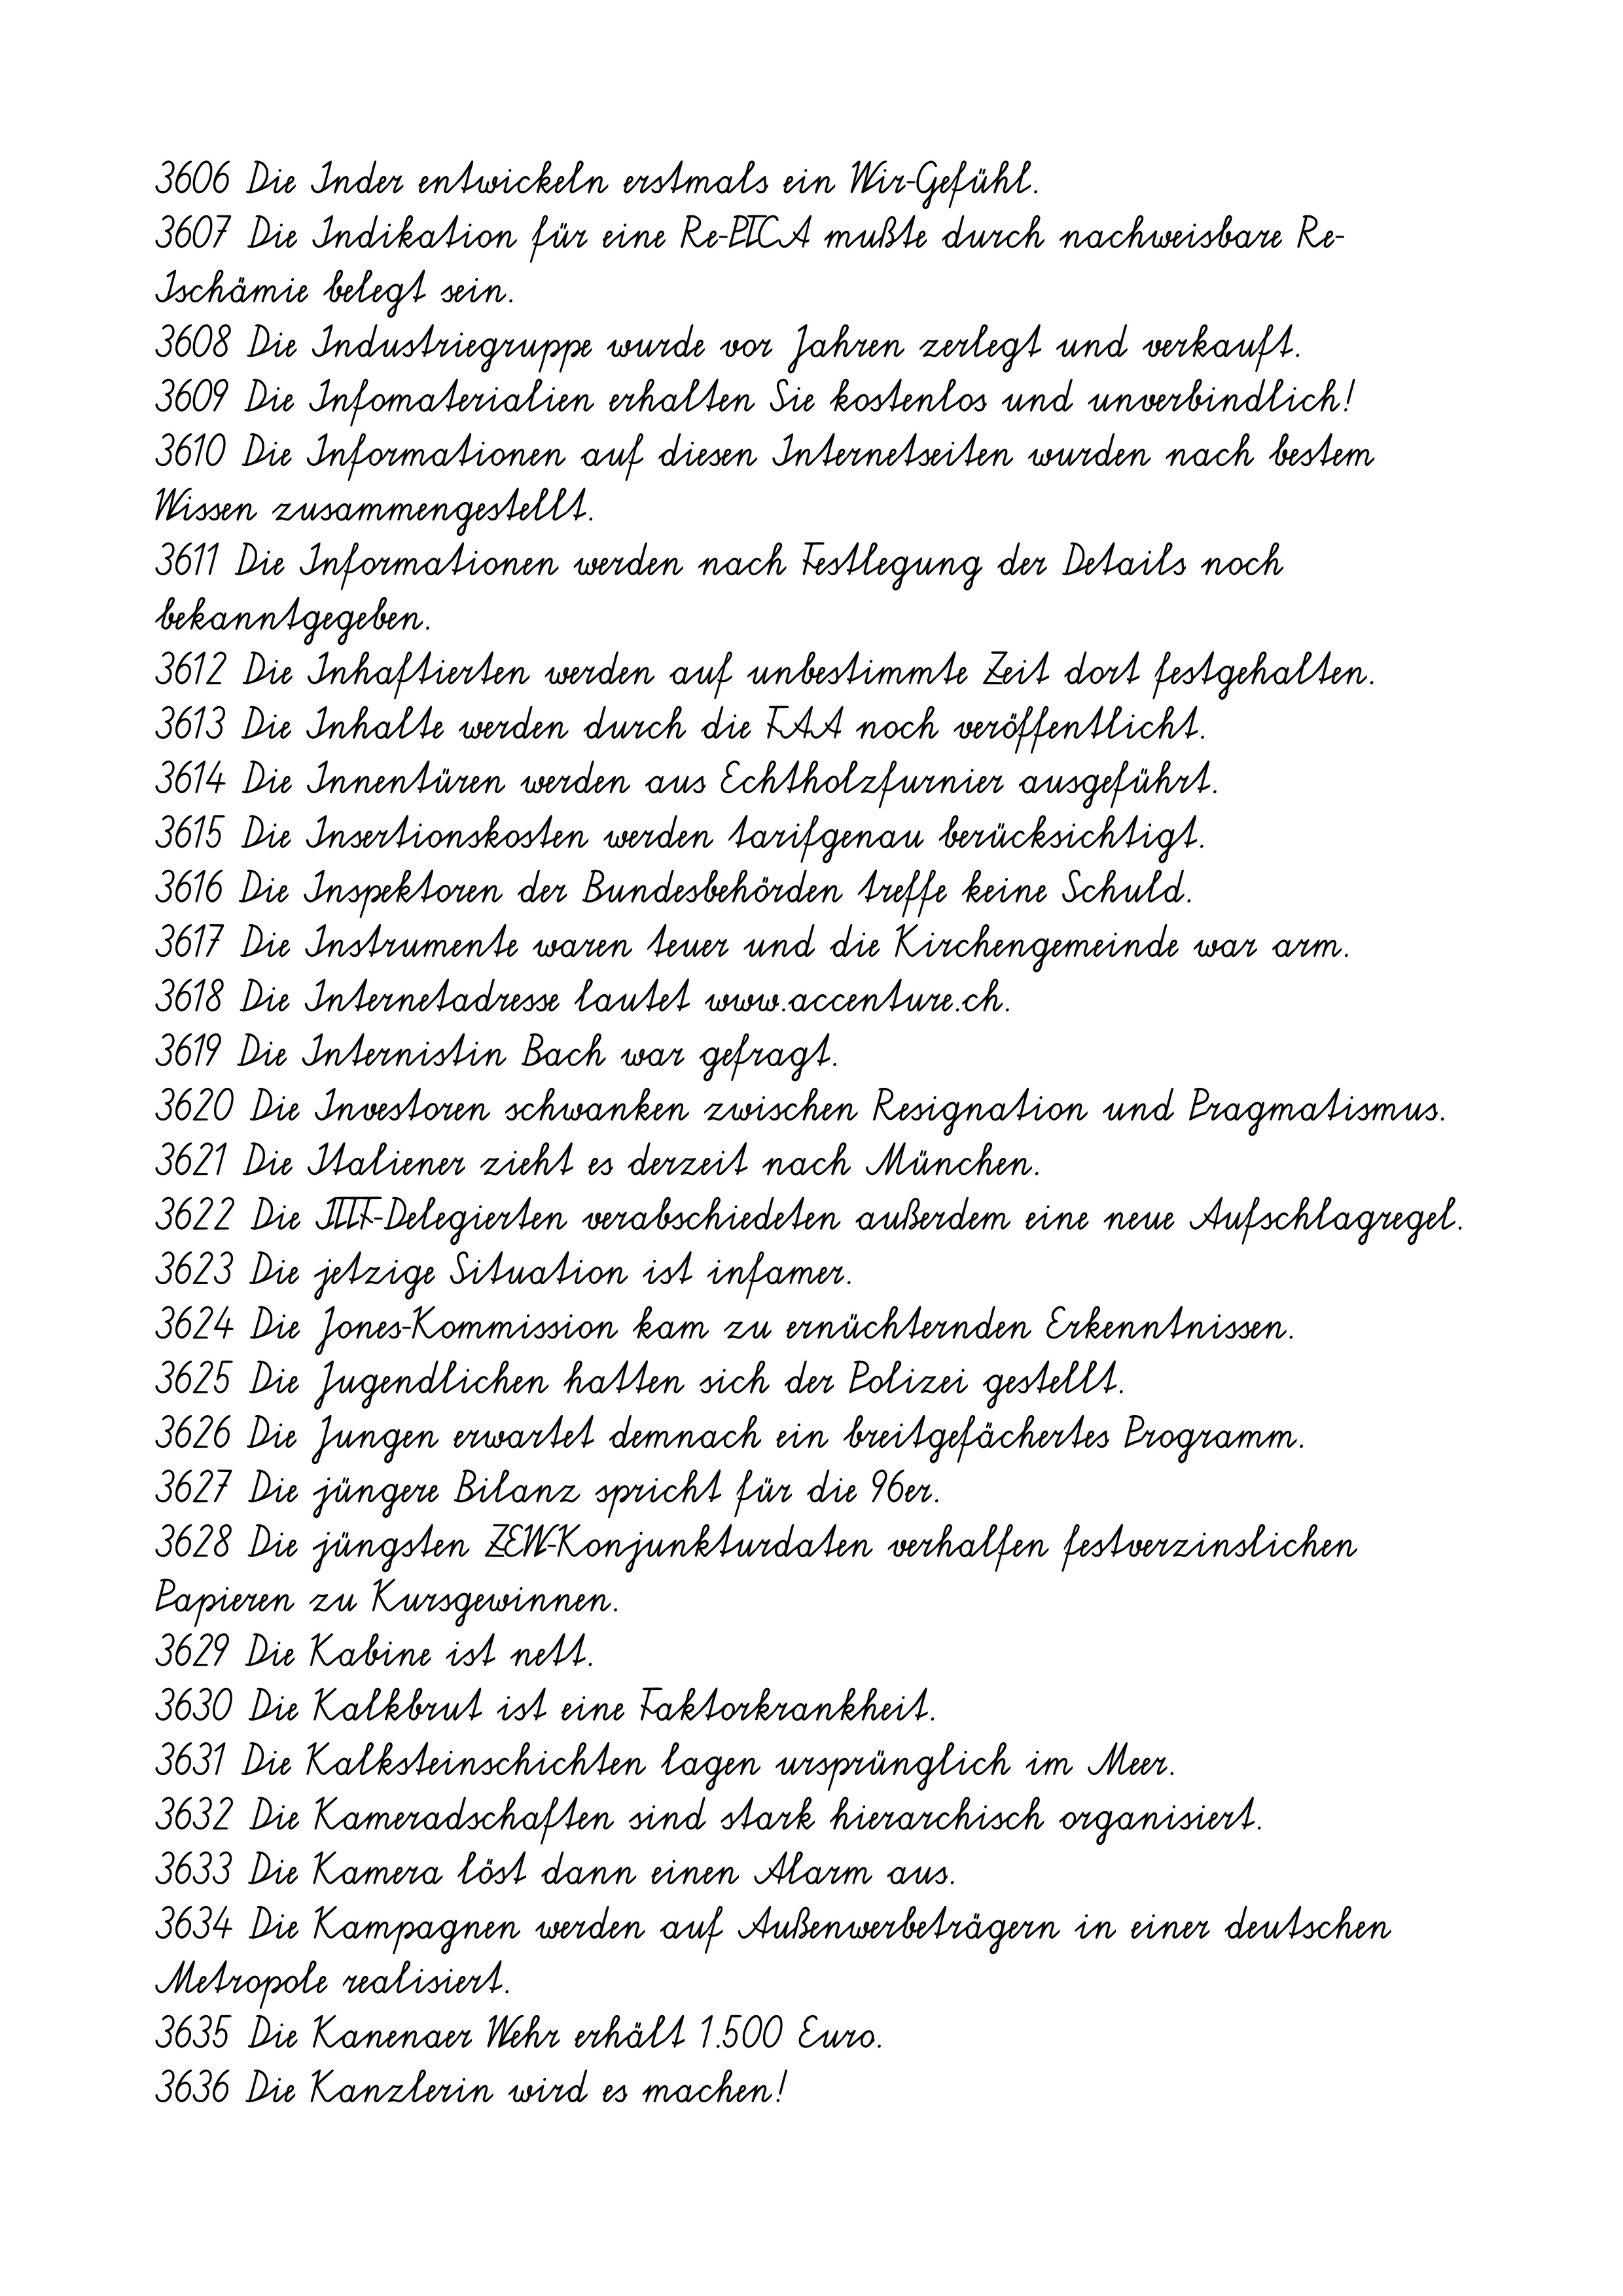
3606 Die Inder entwickeln erstmals ein Wir-Gefühl.
3607 Die Indikation für eine Re-PTCA mußte durch nachweisbare Re-
Ischämie belegt sein.
3608 Die Industriegruppe wurde vor Jahren zerlegt und verkauft.
3609 Die Infomaterialien erhalten Sie kostenlos und unverbindlich!
3610 Die Informationen auf diesen Internetseiten wurden nach bestem
Wissen zusammengestellt.
3611 Die Informationen werden nach Festlegung der Details noch
bekanntgegeben.
3612 Die Inhaftierten werden auf unbestimmte Zeit dort festgehalten.
3613 Die Inhalte werden durch die FAA noch veröffentlicht.
3614 Die Innentüren werden aus Echtholzfurnier ausgeführt.
3615 Die Insertionskosten werden tarifgenau berücksichtigt.
3616 Die Inspektoren der Bundesbehörden treffe keine Schuld.
3617 Die Instrumente waren teuer und die Kirchengemeinde war arm.
3618 Die Internetadresse lautet www.accenture.ch.
3619 Die Internistin Bach war gefragt.
3620 Die Investoren schwanken zwischen Resignation und Pragmatismus.
3621 Die Italiener zieht es derzeit nach München.
3622 Die ITTF-Delegierten verabschiedeten außerdem eine neue Aufschlagregel.
3623 Die jetzige Situation ist infamer.
3624 Die Jones-Kommission kam zu ernüchternden Erkenntnissen.
3625 Die Jugendlichen hatten sich der Polizei gestellt.
3626 Die Jungen erwartet demnach ein breitgefächertes Programm.
3627 Die jüngere Bilanz spricht für die 96er.
3628 Die jüngsten ZEW-Konjunkturdaten verhalfen festverzinslichen
Papieren zu Kursgewinnen.
3629 Die Kabine ist nett.
3630 Die Kalkbrut ist eine Faktorkrankheit.
3631 Die Kalksteinschichten lagen ursprünglich im Meer.
3632 Die Kameradschaften sind stark hierarchisch organisiert.
3633 Die Kamera löst dann einen Alarm aus.
3634 Die Kampagnen werden auf Außenwerbeträgern in einer deutschen
Metropole realisiert.
3635 Die Kanenaer Wehr erhält 1.500 Euro.
3636 Die Kanzlerin wird es machen!